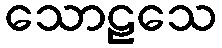
သောဠသေ